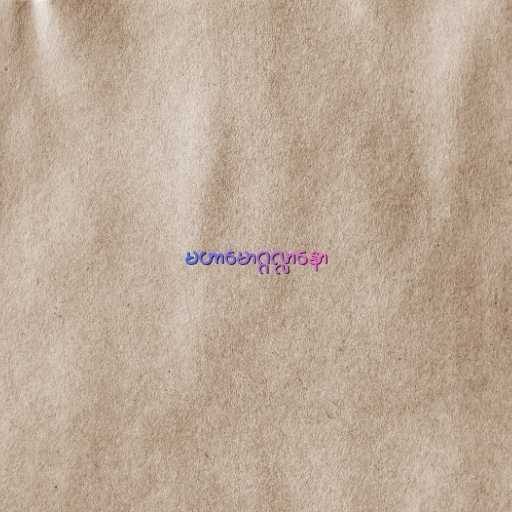
မဟာမောဂ္ဂလ္လာနော